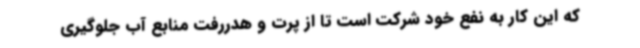
که این کار به نفع خود شرکت است تا از پرت و هدررفت منابع آب جلوگیری